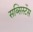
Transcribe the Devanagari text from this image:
सब्सिस्टेंस